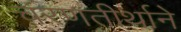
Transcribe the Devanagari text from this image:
चरणतीर्थाने